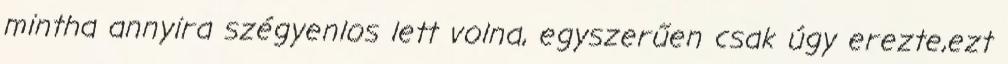
mintha annyira szégyenlos lett volna, egyszerűen csak úgy erezte,ezt